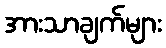
အားသာချက်များ